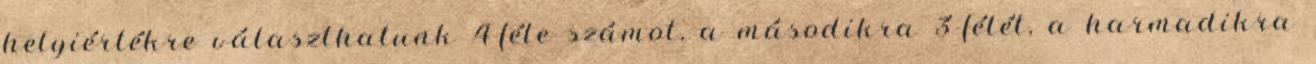
helyiértékre választhatunk 4-féle számot, a másodikra 3-félét, a harmadikra